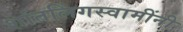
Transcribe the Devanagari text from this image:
शांतलिंगस्वामींनी